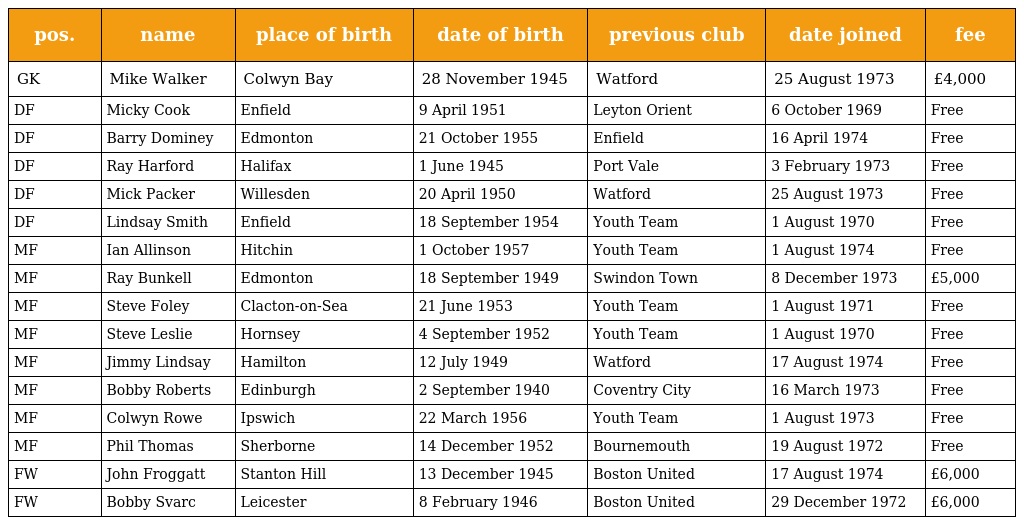
| pos. | name | place of birth | date of birth | previous club | date joined | fee |
 | --- | --- | --- | --- | --- | --- | --- |
 | GK | Mike Walker | Colwyn Bay | 28 November 1945 | Watford | 25 August 1973 | £4,000 |
 | DF | Micky Cook | Enfield | 9 April 1951 | Leyton Orient | 6 October 1969 | Free |
 | DF | Barry Dominey | Edmonton | 21 October 1955 | Enfield | 16 April 1974 | Free |
 | DF | Ray Harford | Halifax | 1 June 1945 | Port Vale | 3 February 1973 | Free |
 | DF | Mick Packer | Willesden | 20 April 1950 | Watford | 25 August 1973 | Free |
 | DF | Lindsay Smith | Enfield | 18 September 1954 | Youth Team | 1 August 1970 | Free |
 | MF | Ian Allinson | Hitchin | 1 October 1957 | Youth Team | 1 August 1974 | Free |
 | MF | Ray Bunkell | Edmonton | 18 September 1949 | Swindon Town | 8 December 1973 | £5,000 |
 | MF | Steve Foley | Clacton-on-Sea | 21 June 1953 | Youth Team | 1 August 1971 | Free |
 | MF | Steve Leslie | Hornsey | 4 September 1952 | Youth Team | 1 August 1970 | Free |
 | MF | Jimmy Lindsay | Hamilton | 12 July 1949 | Watford | 17 August 1974 | Free |
 | MF | Bobby Roberts | Edinburgh | 2 September 1940 | Coventry City | 16 March 1973 | Free |
 | MF | Colwyn Rowe | Ipswich | 22 March 1956 | Youth Team | 1 August 1973 | Free |
 | MF | Phil Thomas | Sherborne | 14 December 1952 | Bournemouth | 19 August 1972 | Free |
 | FW | John Froggatt | Stanton Hill | 13 December 1945 | Boston United | 17 August 1974 | £6,000 |
 | FW | Bobby Svarc | Leicester | 8 February 1946 | Boston United | 29 December 1972 | £6,000 |